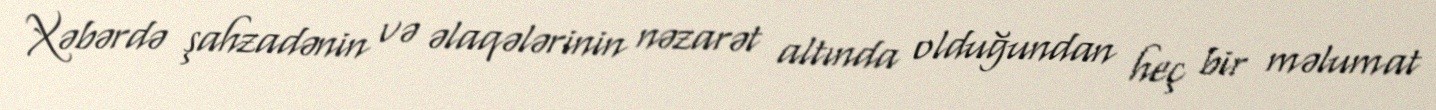
Xəbərdə şahzadənin və əlaqələrinin nəzarət altında olduğundan heç bir məlumat